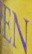
EN